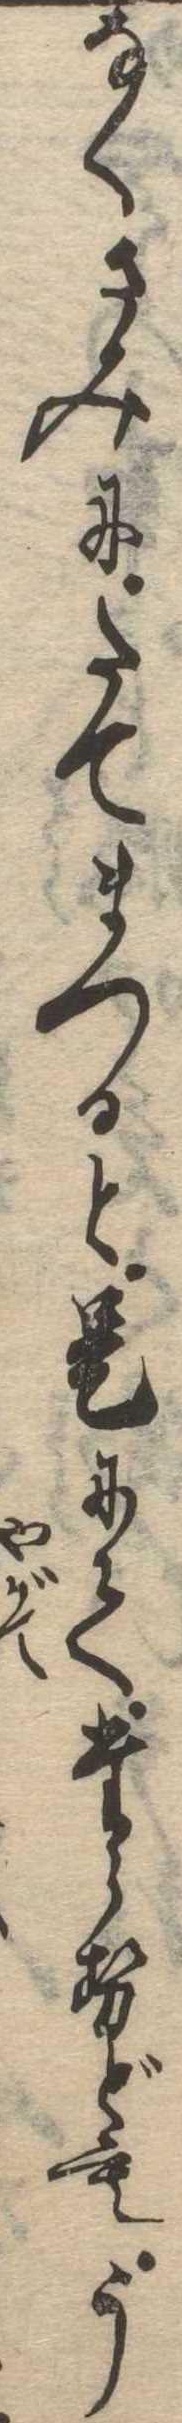
なくさみにたてまつると是にてたらせどもう